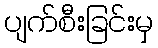
ပျက်စီးခြင်းမှ